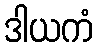
ဒါယကံ